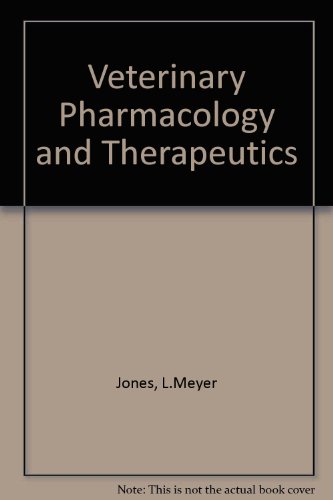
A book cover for Veterinary Pharmacology and Therapeutics; L.Meyer Jones; Medical Books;